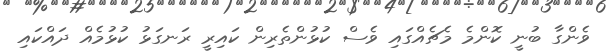
ވެންގާ ބުނީ ކޮންމެ މެޗެއްގައި ވެސް ކުޅުންތެރިން ކައިރީ ރަނގަޅު ކުޅުމެއް ދައްކައި